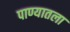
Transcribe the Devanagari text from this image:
पाण्यातला